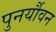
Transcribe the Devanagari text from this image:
पुनर्यौवन